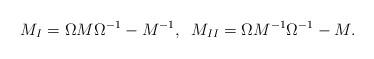
LaTeX: \begin{align*}M_I=\Omega M \Omega^{-1} - M^{-1}, \;\;M_{II}=\Omega M^{-1} \Omega^{-1} - M. \end{align*}